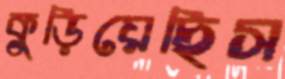
কুড়িয়েছিস